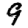
Digit: 9